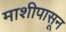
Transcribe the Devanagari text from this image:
माशीपासून